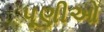
પૂણીઓ